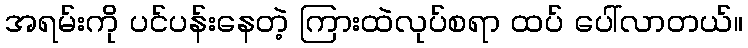
အရမ်းကို ပင်ပန်းနေတဲ့ ကြားထဲလုပ်စရာ ထပ် ပေါ်လာတယ်။